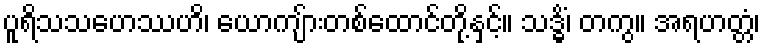
ပူရိသသဟေဿဟိ၊ ယောကျ်ားတစ်ထောင်တို့နှင့်။ သဒ္ဓိံ၊ တကွ။ အရဟတ္တံ၊